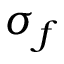
\sigma _ { f }